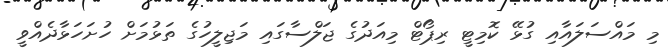
މި މައްސަލައާއި ގުޅޭ ކޮމިޓީ ރިޕޯޓް މިއަދުގެ ޖަލްސާގައި މަޖިލީހުގެ ތަޅުމަށް ހުށަހަޅާދެއްވީ